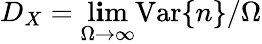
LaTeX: D_{X}=\operatorname*{l\mathbf{i}m}_{\Omega\to\infty}\mathrm{{Var}}\{ n\} /\Omega